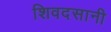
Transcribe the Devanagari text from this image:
शिवदसानी